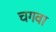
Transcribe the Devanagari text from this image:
चगवा